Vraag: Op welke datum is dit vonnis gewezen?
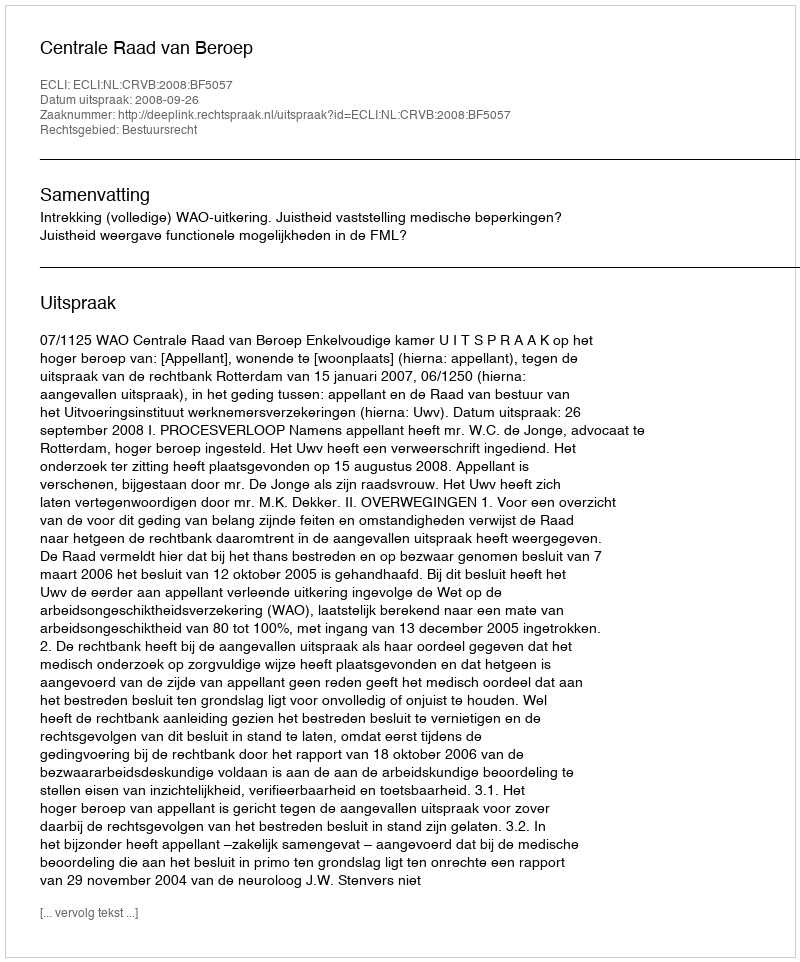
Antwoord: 2008-09-26